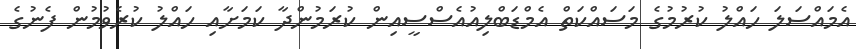
އެމައްސަލަ ހައްލު ކުރުމުގެ މަސައްކަތް އެމްޑަބްލިއުއެސްސީއިން ކުރަމުންދާ ކަމަށާއި ހައްލު ކުރެވުމުން ފެނުގެ